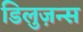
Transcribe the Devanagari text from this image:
डिलुज़न्स